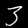
Label: 3